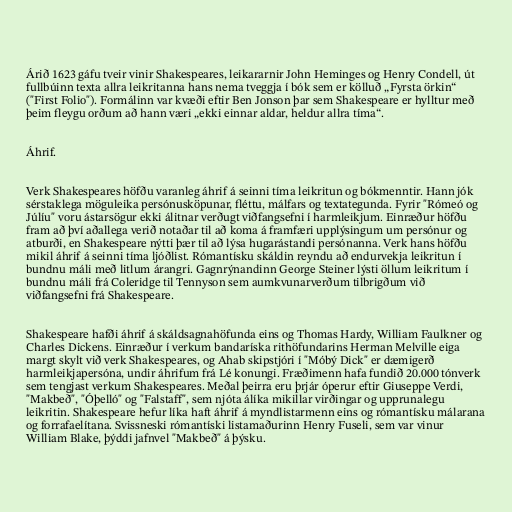
Árið 1623 gáfu tveir vinir Shakespeares, leikararnir John Heminges og Henry Condell, út
fullbúinn texta allra leikritanna hans nema tveggja í bók sem er kölluð „Fyrsta örkin“
("First Folio"). Formálinn var kvæði eftir Ben Jonson þar sem Shakespeare er hylltur með
þeim fleygu orðum að hann væri „ekki einnar aldar, heldur allra tíma“.

Áhrif.

Verk Shakespeares höfðu varanleg áhrif á seinni tíma leikritun og bókmenntir. Hann jók
sérstaklega möguleika persónusköpunar, fléttu, málfars og textategunda. Fyrir "Rómeó og
Júlíu" voru ástarsögur ekki álitnar verðugt viðfangsefni í harmleikjum. Einræður höfðu
fram að því aðallega verið notaðar til að koma á framfæri upplýsingum um persónur og
atburði, en Shakespeare nýtti þær til að lýsa hugarástandi persónanna. Verk hans höfðu
mikil áhrif á seinni tíma ljóðlist. Rómantísku skáldin reyndu að endurvekja leikritun í
bundnu máli með litlum árangri. Gagnrýnandinn George Steiner lýsti öllum leikritum í
bundnu máli frá Coleridge til Tennyson sem aumkvunarverðum tilbrigðum við
viðfangsefni frá Shakespeare.

Shakespeare hafði áhrif á skáldsagnahöfunda eins og Thomas Hardy, William Faulkner og
Charles Dickens. Einræður í verkum bandaríska rithöfundarins Herman Melville eiga
margt skylt við verk Shakespeares, og Ahab skipstjóri í "Móbý Dick" er dæmigerð
harmleikjapersóna, undir áhrifum frá Lé konungi. Fræðimenn hafa fundið 20.000 tónverk
sem tengjast verkum Shakespeares. Meðal þeirra eru þrjár óperur eftir Giuseppe Verdi,
"Makbeð", "Óþelló" og "Falstaff", sem njóta álíka mikillar virðingar og upprunalegu
leikritin. Shakespeare hefur líka haft áhrif á myndlistarmenn eins og rómantísku málarana
og forrafaelítana. Svissneski rómantíski listamaðurinn Henry Fuseli, sem var vinur
William Blake, þýddi jafnvel "Makbeð" á þýsku.